Report on vaccination in Madras 1877-1894 - 1877-1894
Year: 1877
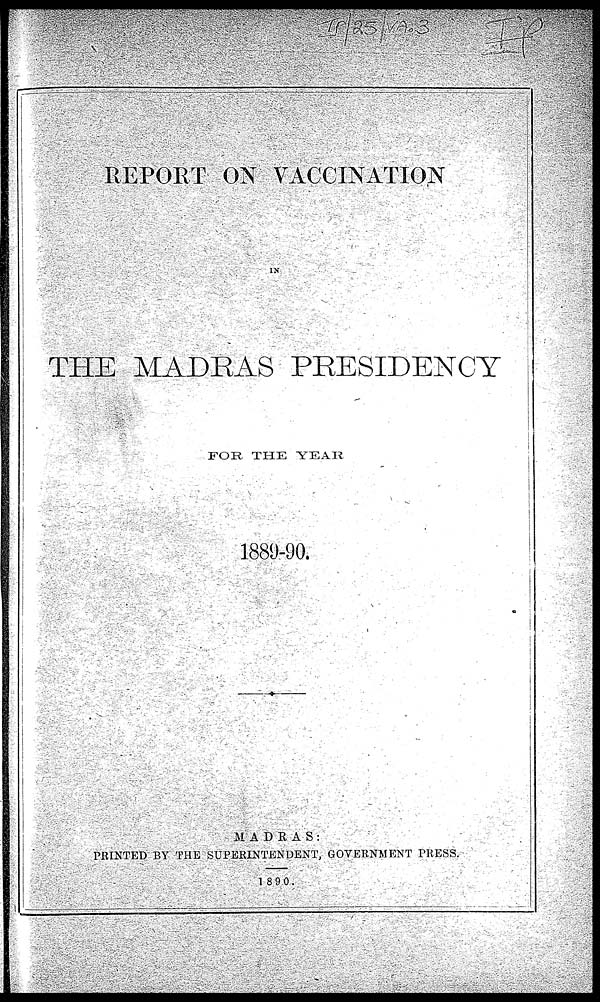
REPORT ON VACCINATION
IN
THE MADRAS PRESIDENCY
FOR THE YEAR
1889-90.
MADRAS.
PRINTED BY THE SUPERINTENDENT, GOVERNMENT PRESS.
1890.